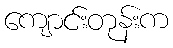
ကျောင်းတုန်းက